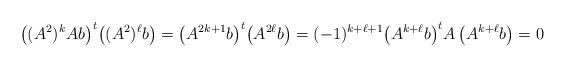
LaTeX: \begin{align*} \left( (A^2)^k Ab \right)^t \! \left((A^2)^\ell b \right) = \left( A^{2k+1} b \right)^t \! \left( A^{2\ell} b \right) = (-1)^{k+\ell+1} \! \left( A^{k+\ell} b \right)^t \!A \left( A^{k+\ell} b \right) = 0\end{align*}